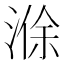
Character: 𪶢